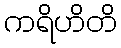
ကရိဟိတိ